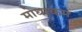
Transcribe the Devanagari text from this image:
मोधाकम